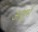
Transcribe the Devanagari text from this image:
अशुर्भ